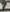
Text: 7